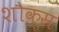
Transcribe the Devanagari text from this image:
शौक्स